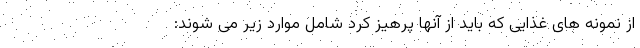
از نمونه های غذایی که باید از آنها پرهیز کرد شامل موارد زیر می شوند: